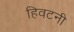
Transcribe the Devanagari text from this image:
हिवटनी